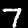
Label: 7